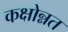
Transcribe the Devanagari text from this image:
कक्षोन्नत